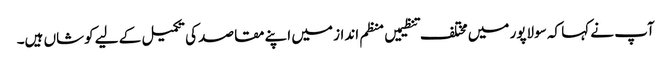
آپ نے کہا کہ سولاپور میں مختلف تنظیمیں منظم انداز میں اپنے مقاصد کی تکمیل کے لیے کوشاں ہیں۔